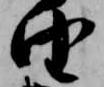
由